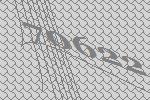
70622